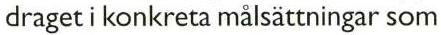
draget i konkreta målsättningar som